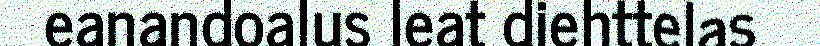
eanandoalus leat diehttelas